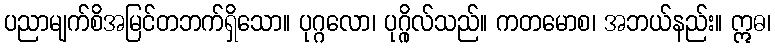
ပညာမျက်စိအမြင်တဘက်ရှိသော။ ပုဂ္ဂလော၊ ပုဂ္ဂိုလ်သည်။ ကတမောစ၊ အဘယ်နည်း။ ဣဓ၊